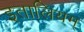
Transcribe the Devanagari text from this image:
इतालियम्